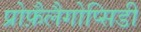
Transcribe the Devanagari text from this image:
प्रोफ़ैलैगोप्सिडी